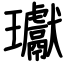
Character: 瓛